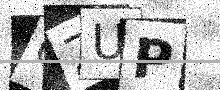
Text: 6ZUP